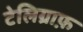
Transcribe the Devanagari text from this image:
टेलिग्राफ़